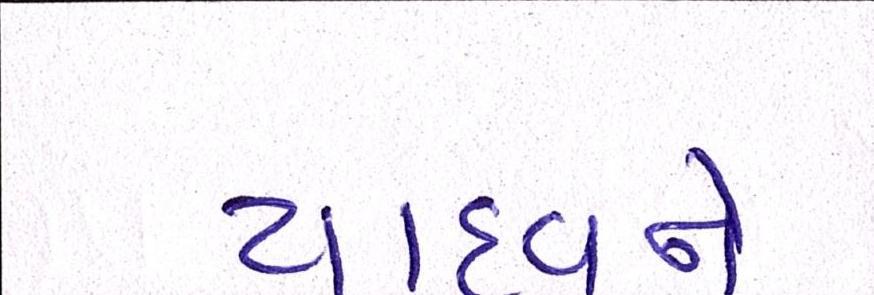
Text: યાદવને